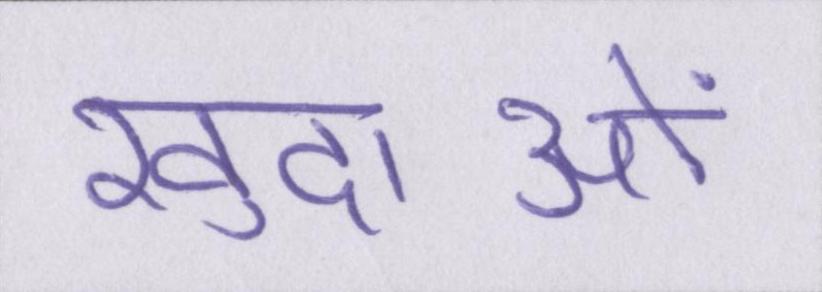
खुदाओं